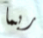
ربما